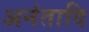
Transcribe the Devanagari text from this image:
अनंतादि